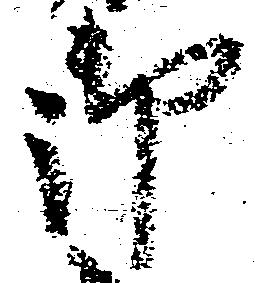
御